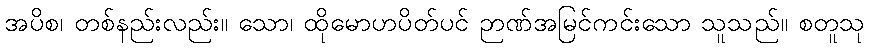
အပိစ၊ တစ်နည်းလည်း။ သော၊ ထိုမောဟပိတ်ပင် ဉာဏ်အမြင်ကင်းသော သူသည်။ စတူသု